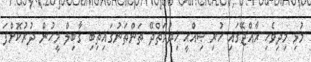
މުޅި މިދިވެހި ރާއްޖޭގައި ހުރި ޞިއްޙީ ޚިދުމަތްދޭ ތަންތަނުގައިތިބި ޤާބިލް މީހުން ދުރުކޮށްފަ